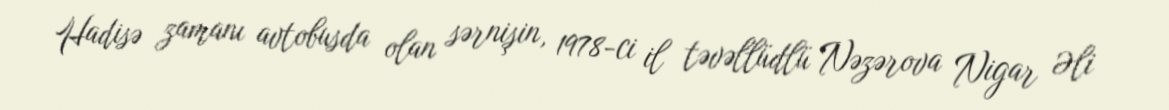
Hadisə zamanı avtobusda olan sərnişin, 1978-ci il təvəllüdlü Nəzərova Nigar Əli